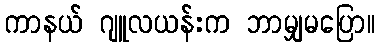
ကာနယ် ဂျူလယန်းက ဘာမျှမပြော။